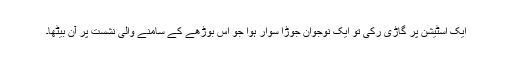
ایک اسٹیشن پر گاڑی رکی تو ایک نوجوان جوڑا سوار ہوا جو اس بوڑھے کے سامنے والی نشست پر آن بیٹھا۔